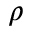
\rho